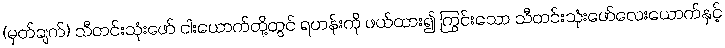
(မှတ်ချက်) သီတင်းသုံးဖော် ငါးယောက်တို့တွင် ရဟန်းကို ဖယ်ထား၍ ကြွင်းသော သီတင်းသုံးဖော်လေးယောက်နှင့်